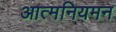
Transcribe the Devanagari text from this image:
आत्मनियमन